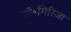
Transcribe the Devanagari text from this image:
डॉ॰गिरिजा